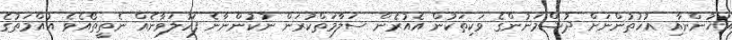
އަޚުންނާއި އުޚުތުންނަށް ދުޝްމަނުންގެ ވަކިތަކުން އެއުރެން ސަލާމަތްކުރަން ނުކުންނާނެ ފަހުލަވާނެއް ނެތީތޯއެވެ އުއްމަތުގެ